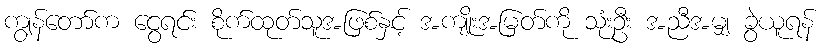
ကျွန်တော်က ငွေရင်း စိုက်ထုတ်သူအဖြစ်နှင့် အကျိုးအမြတ်ကို သုံးဦး အညီအမျှ ခွဲယူရန်